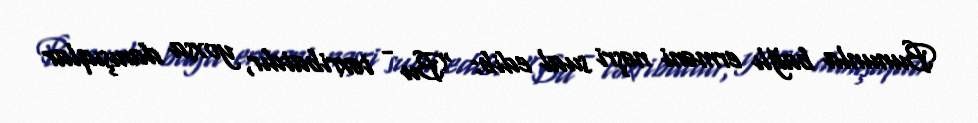
Bununla bağlı erməni nəşri sual edib: “Bu - təxribatdır, yoxsa danışıqlar